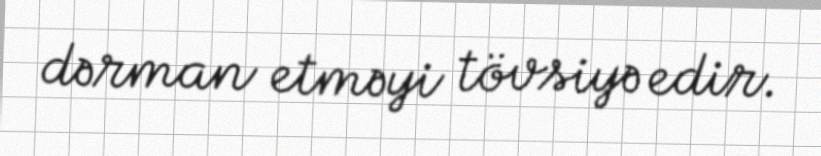
dərman etməyi tövsiyə edir.